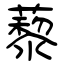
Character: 藜